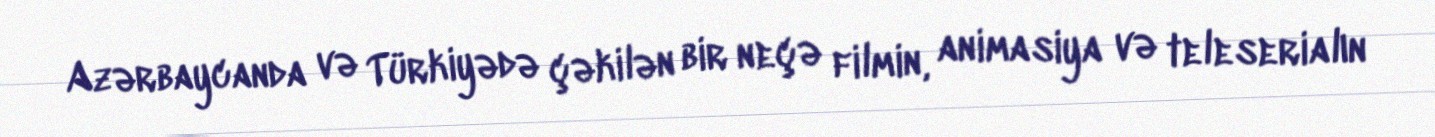
Azərbaycanda və Türkiyədə çəkilən bir neçə filmin, animasiya və teleserialın